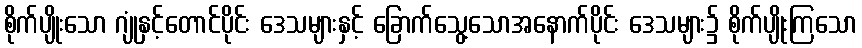
စိုက်ပျိုးသော ဂျုံနှင့်တောင်ပိုင်း ဒေသများနှင့် ခြောက်သွေ့သောအနောက်ပိုင်း ဒေသများ၌ စိုက်ပျိုးကြသော